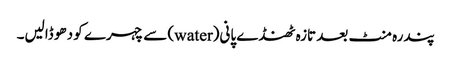
پندرہ منٹ بعد تازہ ٹھنڈے پانی(water) سے چہرے کو دھو ڈالیں۔